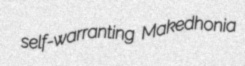
self-warranting Makedhonia